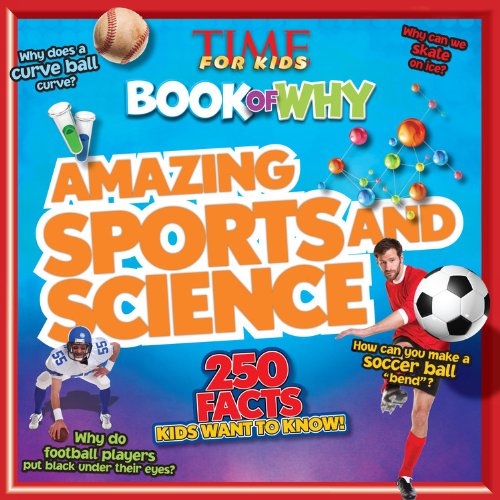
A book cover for TIME For Kids Book of Why: Amazing Sports and Science; Editors of TIME For Kids Magazine; Children's Books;